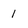
Character: 1